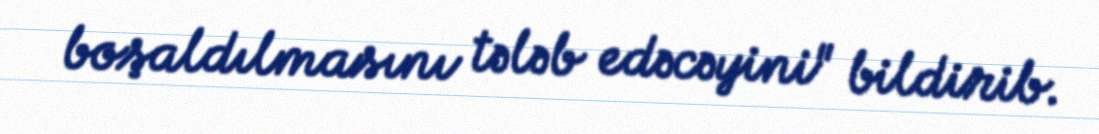
boşaldılmasını tələb edəcəyini" bildirib.